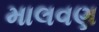
માલવણ